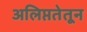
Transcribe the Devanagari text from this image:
अलिप्ततेतून